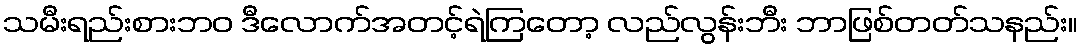
သမီးရည်းစားဘဝ ဒီလောက်အတင့်ရဲကြတော့ လည်လွန်းဘီး ဘာဖြစ်တတ်သနည်း။